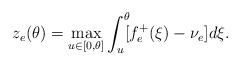
\begin{align*}z_e(\theta)=\max_{u\in[0,\theta]}\int_u^\theta\!\![f_e^+(\xi)-\nu_e]d\xi.\end{align*}